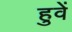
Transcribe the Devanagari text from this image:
हुवें